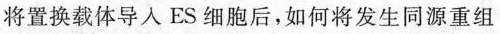
将置换载体导入ES细胞后，如何将发生同源重组